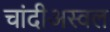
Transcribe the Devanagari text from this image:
चांदीअस्वल